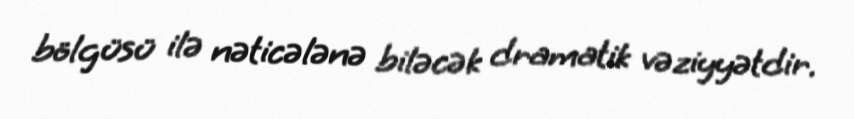
bölgüsü ilə nəticələnə biləcək dramatik vəziyyətdir.